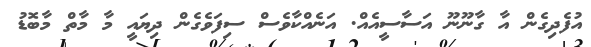
އުފެދިގެން އާ ގާނޫނޫ އަސާސީއެއް. އަނެއްކާވެސް ސިފަވެގެން ދިޔައީ މާ މާތް މާބޮޑު